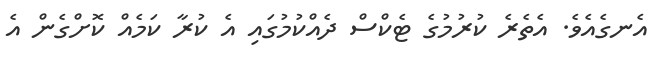
އެނގެއެވެ. އެތެރެ ކުރުމުގެ ޓެކްސް ދެއްކުމުގައި އެ ކުރާ ކަމެއް ކޮށްގެން އެ